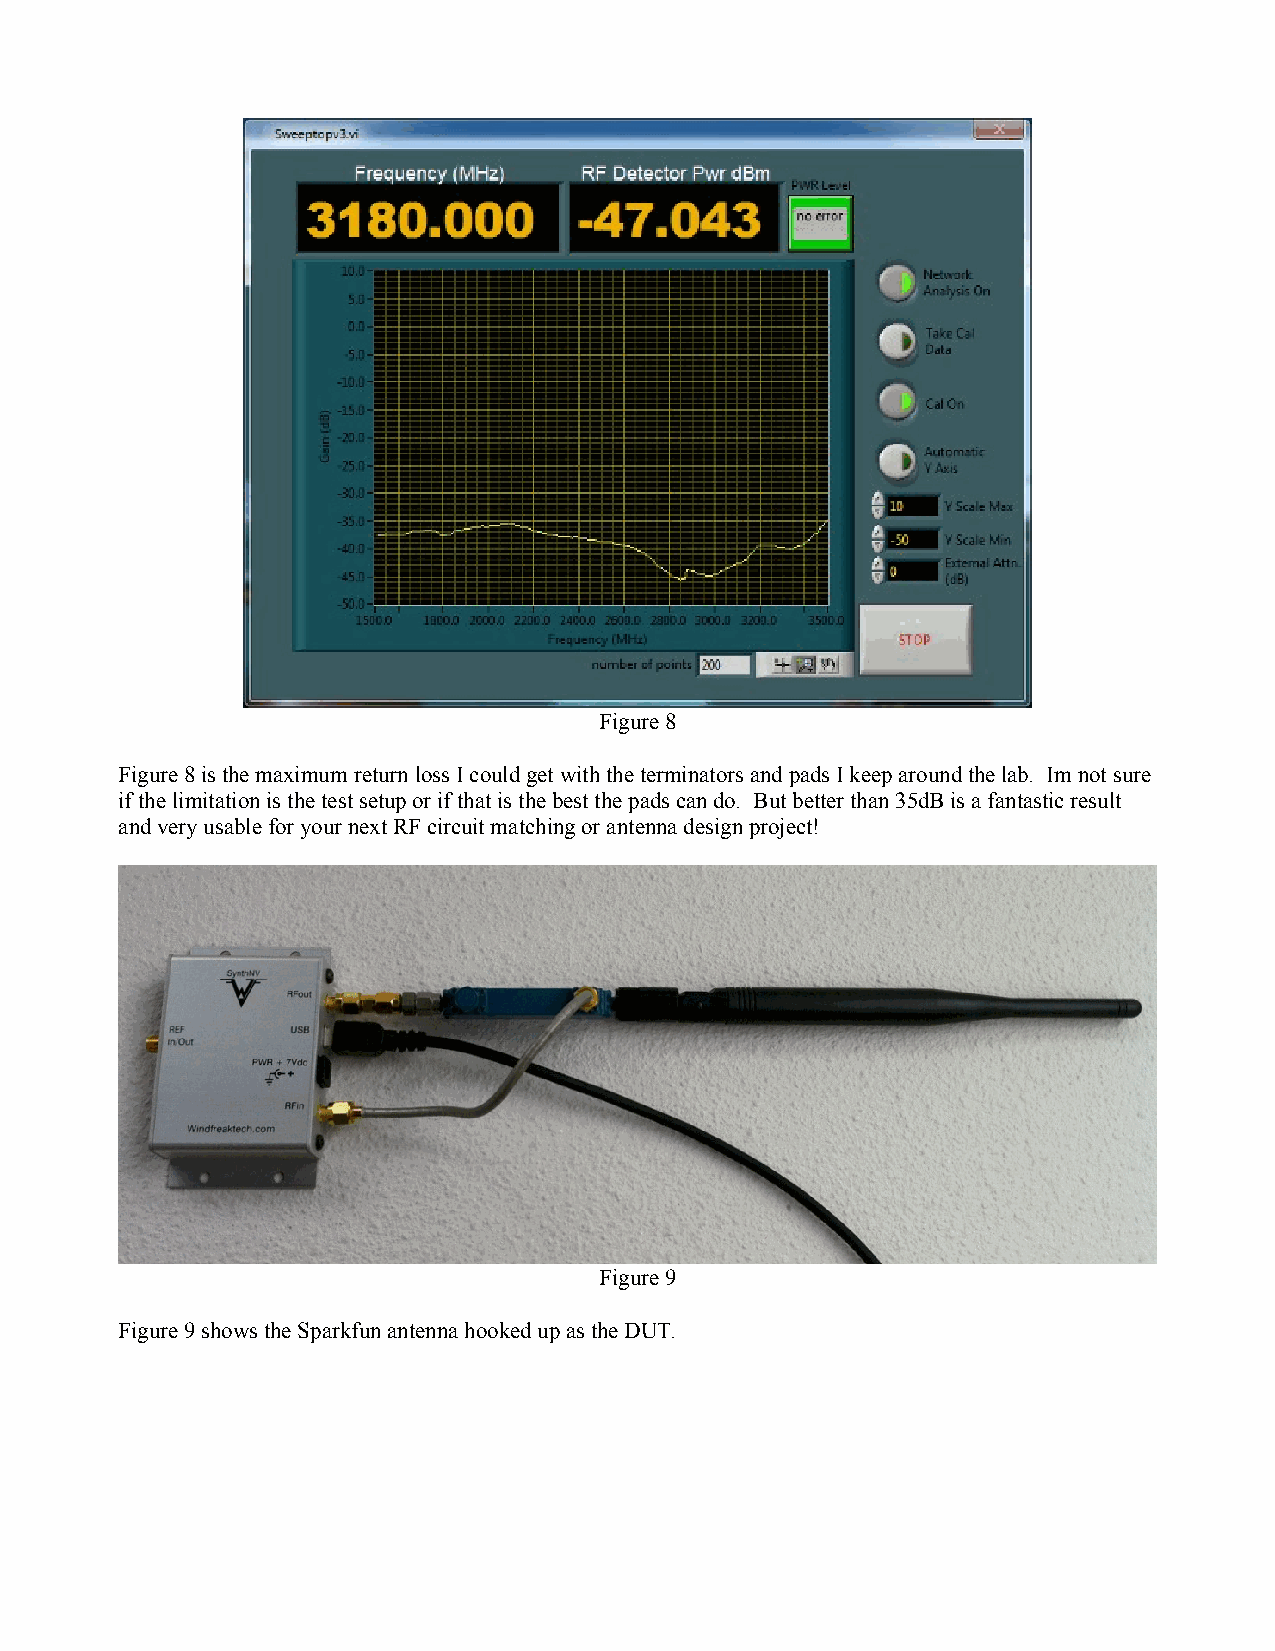
Figure 8
 Figure 8 is the maximum return loss I could get with the terminators and pads I keep around the lab. Im not sure
 if the limitation is the test setup or if that is the best the pads can do. But better than 35dB is a fantastic result
 and very usable for your next RF circuit matching or antenna design project!
 Figure 9
 Figure 9 shows the Sparkfun antenna hooked up as the DUT.